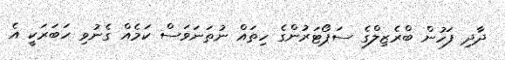
ދާދި ފަހުން ބްރެޒިލްގެ ސަޕޯޓަރުންގެ ހިތައް ނުތަނަވަސް ކަމެއް ގެނުވި ހަބަރަކީ އެ